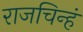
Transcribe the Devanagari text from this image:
राजचिन्हं